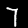
Label: 7